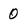
Character: 0